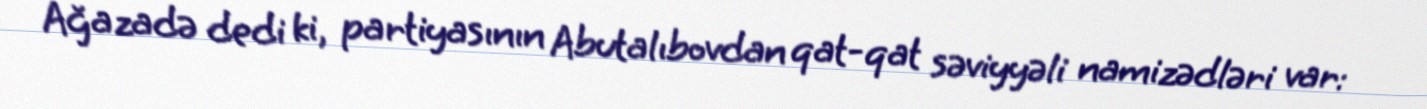
Ağazadə dedi ki, partiyasının Abutalıbovdan qat-qat səviyyəli namizədləri var: